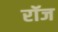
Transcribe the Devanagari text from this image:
रॉज